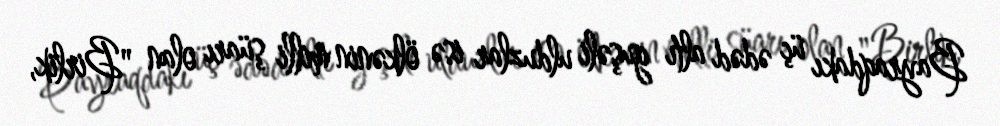
Bayraqdakı üç ədəd altı guşəli ulduzlar isə ölkənin milli şüarı olan "Birlik,